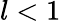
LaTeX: l<1